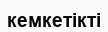
кемкетікті